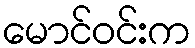
မောင်ဝင်းက